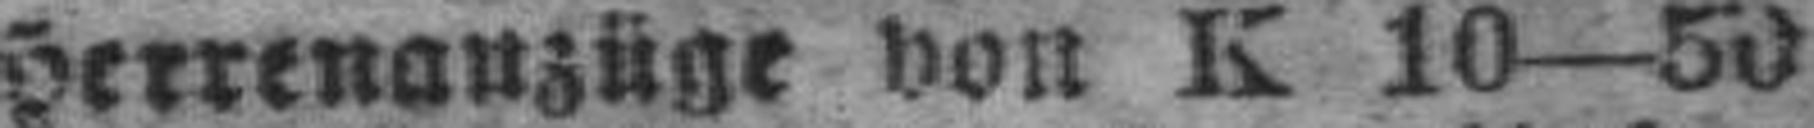
Herrenanzüge von K 10—50